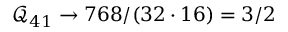
\mathcal { Q } _ { 4 1 } \to 7 6 8 / ( 3 2 \cdot 1 6 ) = 3 / 2